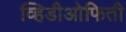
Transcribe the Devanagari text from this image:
व्हिडीओफिती